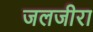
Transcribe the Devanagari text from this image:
जलजीरा